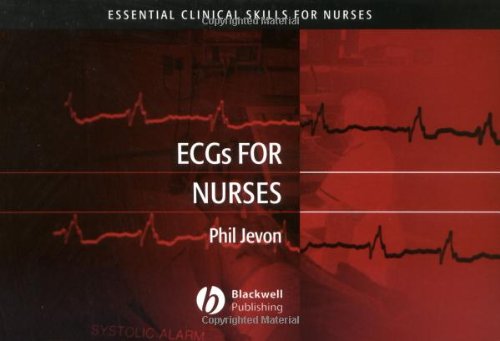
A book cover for ECGs for Nurses (Essential Clinical Skills for Nurses); Philip Jevon; Medical Books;